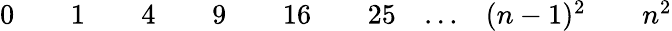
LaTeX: \begin{array}{ccccccccccccccc}{0}&{}&{1}&{}&{4}&{}&{9}&{}&{16}&{}&{25}&{\ldots}&{(n-1)^{2}}&{}&{n^{2}}\end{array}